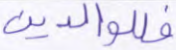
فللوالدين